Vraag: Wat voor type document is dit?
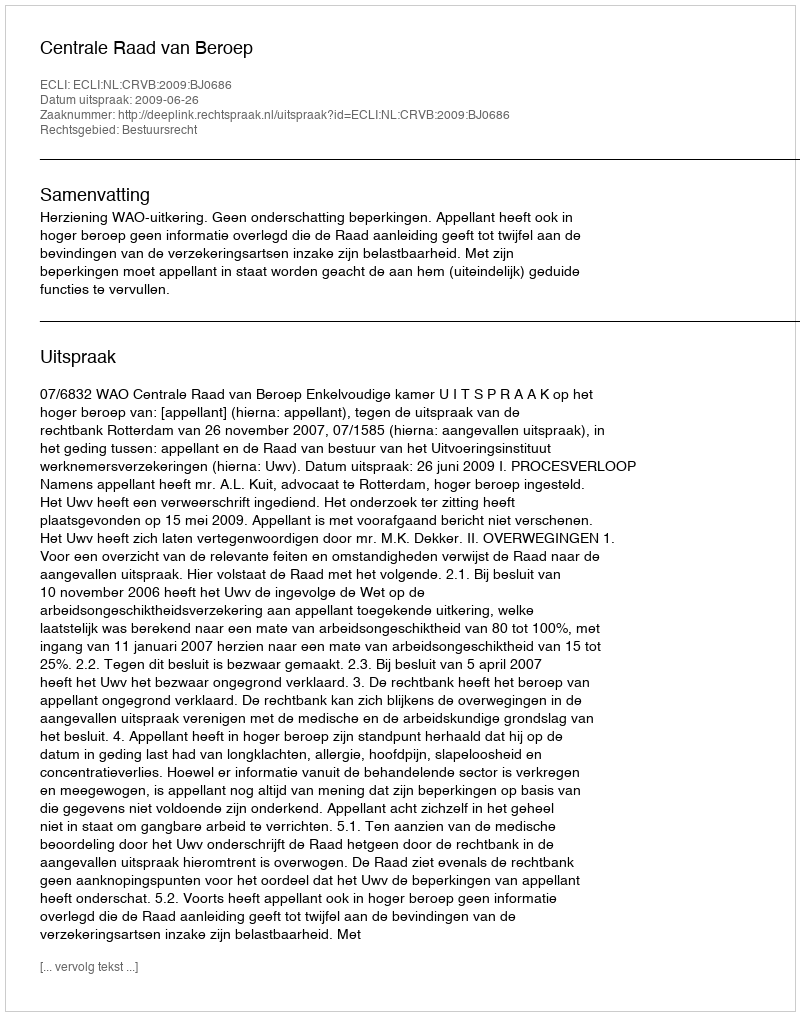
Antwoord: Uitspraak